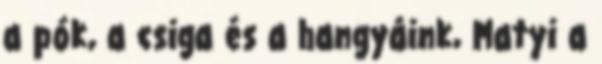
a pók, a csiga és a hangyáink, Matyi a